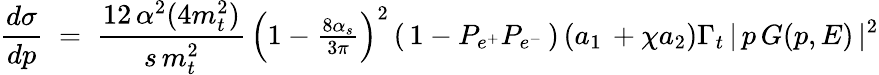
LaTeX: {\frac{d\sigma}{dp}}\; =\; {\frac{12\, \alpha^{2}(4m_{t}^{2})}{s\, m_{t}^{2}}}\, {\textstyle\left(1-{\frac{8\alpha_{s}}{3\pi}}\right)^{2}}\left(\, 1-P_{e^{+}}P_{e^{-}}\, \right)\left(a_{1}\, +\chi a_{2}\right)\Gamma_{t}\, |\, p\, G(p,E)\, |^{2}